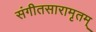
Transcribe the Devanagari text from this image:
संगीतसारामृतम्